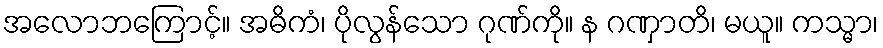
အလောဘကြောင့်။ အဓိကံ၊ ပိုလွန်သော ဂုဏ်ကို။ န ဂဏှာတိ၊ မယူ။ ကသ္မာ၊